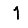
Digit: 1